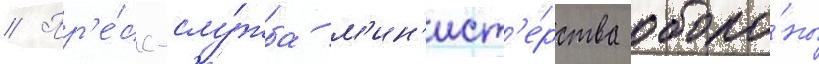
// Пр'е́сс-слу́жба м'ин'ист'е́рства оборо́ны